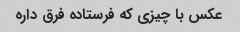
عکس با چیزی که فرستاده فرق داره